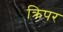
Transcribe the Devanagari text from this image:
क्रिपर